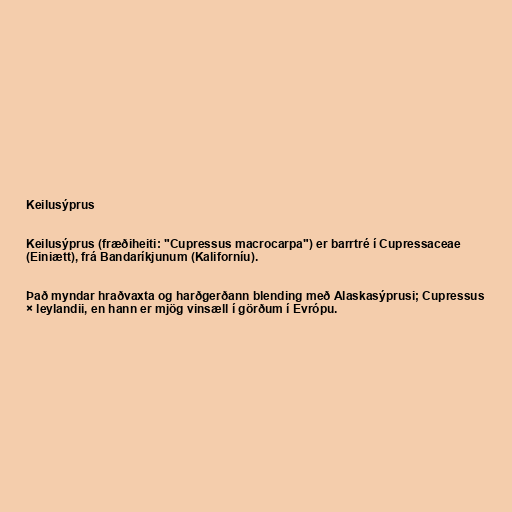
Keilusýprus

Keilusýprus (fræðiheiti: "Cupressus macrocarpa") er barrtré í Cupressaceae
(Einiætt), frá Bandaríkjunum (Kaliforníu).

Það myndar hraðvaxta og harðgerðann blending með Alaskasýprusi; Cupressus
× leylandii, en hann er mjög vinsæll í görðum í Evrópu.